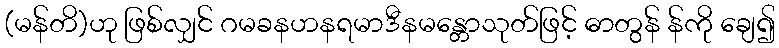
(မန်တိ)ဟု ဖြစ်လျှင် ဂမခနဟနရမာဒီနမန္တောသုတ်ဖြင့် ဓာတွန် န်ကို ချေ၍